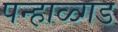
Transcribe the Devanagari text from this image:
पन्हाळ्गड